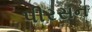
પીરસન